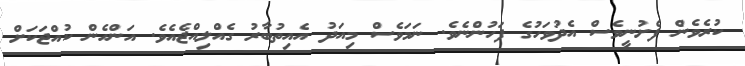
ކުރެވެން ފެށުނީވެސް އެދުވަހުގެ ފަހުންނެވެ. ނަމަވެސް މިއަދު އެއިތުބާރު ގެއްލިއްޖެއެވެ. އަންހެން ކުއްޖަކަށް